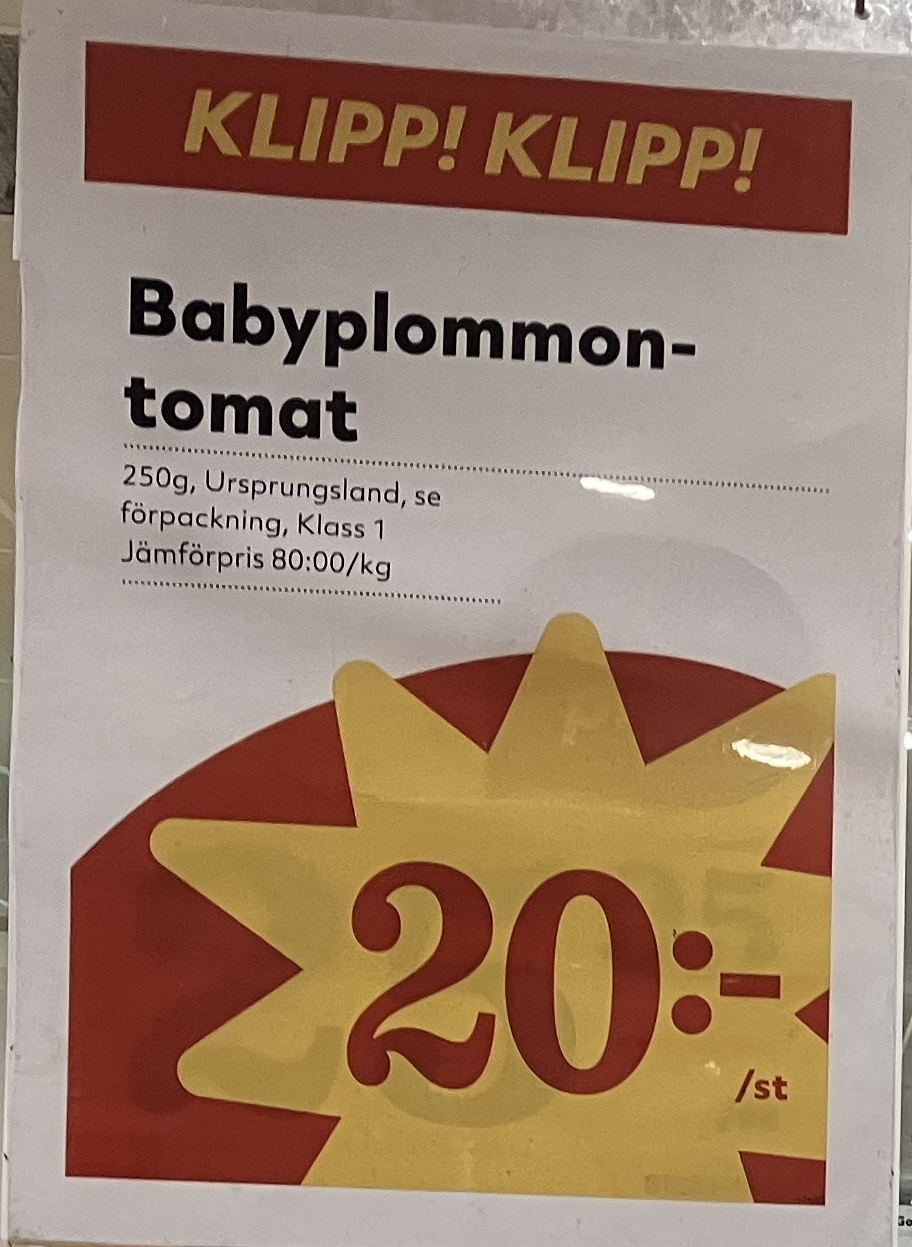
Vara: Babyplommontomat
Genomsnittspris: 80 per kg